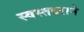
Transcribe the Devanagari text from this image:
स्वस्तदराने